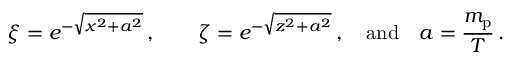
\xi = e ^ { - \sqrt { x ^ { 2 } + a ^ { 2 } } } \, , \qquad \zeta = e ^ { - \sqrt { z ^ { 2 } + a ^ { 2 } } } \, , \quad \mathrm { a n d } \quad a = { \frac { m _ { \mathrm { p } } } { T } } \, .